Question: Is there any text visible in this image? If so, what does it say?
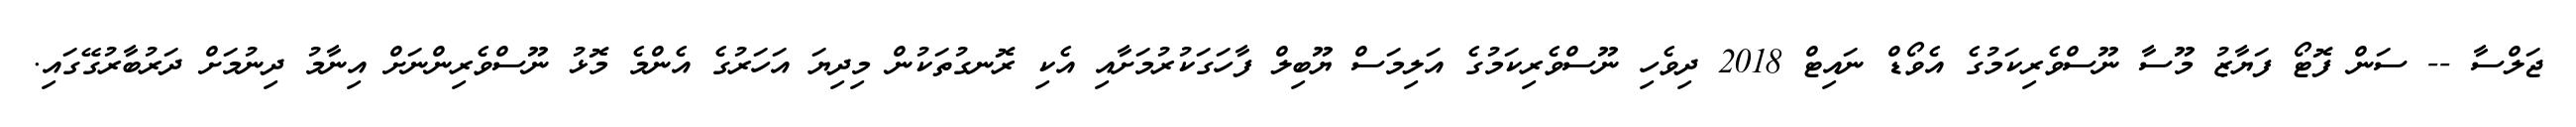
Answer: ޖަލްސާ -- ސަން ފޮޓޯ ފަޔާޒު މޫސާ ނޫސްވެރިކަމުގެ އެވޯޑް ނައިޓް 2018 ދިވެހި ނޫސްވެރިކަމުގެ އަލިމަސް ޔޫބިލް ފާހަގަކުރުމަށާއި އެކި ރޮނގުތަކުން މިދިޔަ އަހަރުގެ އެންމެ މޮޅު ނޫސްވެރިންނަށް އިނާމު ދިނުމަށް ދަރުބާރުގޭގައި.